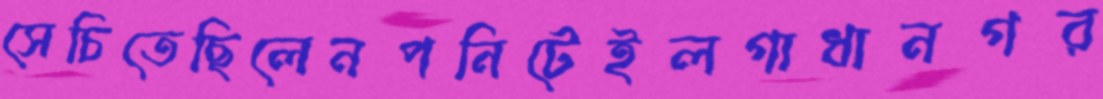
সেচিতেছিলেনপনিটেইলগাধানগর